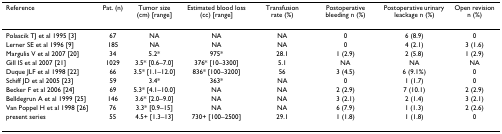
<table><thead><tr><td><b>Reference</b></td><td><b>Pat. (n)</b></td><td><b>Tumor size (cm) [range]</b></td><td><b>Estimated blood loss (cc) [range]</b></td><td><b>Transfusion rate (%)</b></td><td><b>Postoperative bleeding n (%)</b></td><td><b>Postoperative urinary leackage n (%)</b></td><td><b>Open revision n (%)</b></td></tr></thead><tbody><tr><td>Polascik TJ et al 1995 [3]</td><td>67</td><td>NA</td><td>NA</td><td>NA</td><td>0</td><td>6 (8.9)</td><td>0</td></tr><tr><td>Lerner SE et al 1996 [9]</td><td>185</td><td>NA</td><td>NA</td><td>NA</td><td>0</td><td>4 (2.1)</td><td>3 (1.6)</td></tr><tr><td>Margulis V et al 2007 [20]</td><td>34</td><td>5.2*</td><td>975*</td><td>28.1</td><td>1 (2.9)</td><td>2 (5.8)</td><td>1 (2.9)</td></tr><tr><td>Gill IS et al 2007 [21]</td><td>1029</td><td>3.5* [0.6–7.0]</td><td>376* [10–3300]</td><td>5.1</td><td>NA</td><td>NA</td><td>NA</td></tr><tr><td>Duque JLF et al 1998 [22]</td><td>66</td><td>3.5* [1.1–12.0]</td><td>836* [100–3200]</td><td>56</td><td>3 (4.5)</td><td>6 (9.1%)</td><td>0</td></tr><tr><td>Schiff JD et al 2005 [23]</td><td>59</td><td>3.4*</td><td>363*</td><td>NA</td><td>0</td><td>1 (1.7)</td><td>0</td></tr><tr><td>Becker F et al 2006 [24]</td><td>69</td><td>5.3* [4.1–10.0]</td><td>NA</td><td>NA</td><td>2 (2.9)</td><td>7 (10.1)</td><td>2 (2.9)</td></tr><tr><td>Belldegrun A et al 1999 [25]</td><td>146</td><td>3.6* [2.0–9.0]</td><td>NA</td><td>NA</td><td>3 (2.1)</td><td>2 (1.4)</td><td>3 (2.1)</td></tr><tr><td>Van Poppel H et al 1998 [26]</td><td>76</td><td>3.3* [0.9–15]</td><td>NA</td><td>NA</td><td>6 (7.9)</td><td>1 (1.3)</td><td>2 (2.6)</td></tr><tr><td>present series</td><td>55</td><td>4.5+ [1.3–13]</td><td>730+ [100–2500]</td><td>29.1</td><td>1 (1.8)</td><td>1 (1.8)</td><td>0</td></tr></tbody></table>